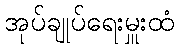
အုပ်ချုပ်ရေးမှူးထံ